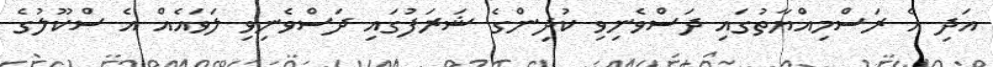
އަދި އެ ރަސްމިއްޔާތުގައި ދަސްވެނިވި ކުދިންގެ ޝަރަފުގައި ދަސްވެނިވި ލަވައެއް އެ ސްކޫލުގެ